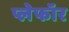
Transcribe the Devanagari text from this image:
प्लेफॉर